Reports on military cantonments and civil stations in the Presidency of Bombay inspected by the Sanitary Commissioner in the years 1875 and 1876
Year: 1875
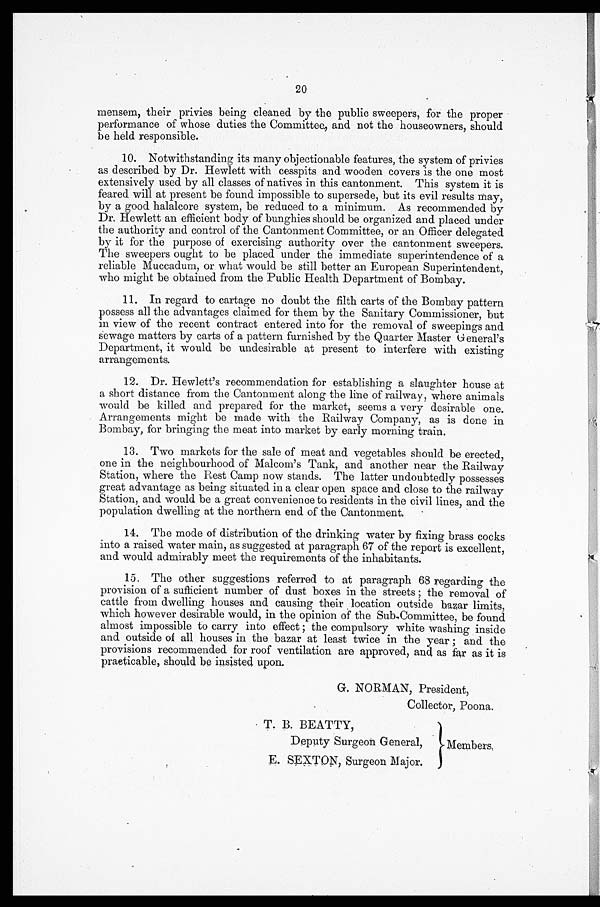
20
mensem, their privies being cleaned by the public sweepers, for the proper
performance of whose duties the Committee, and not the houseowners, should
be held responsible.
10. Notwithstanding its many objectionable features, the system of privies
as described by Dr. Hewlett with cesspits and wooden covers is the one most
extensively used by all classes of natives in this cantonment. This system it is
feared will at present be found impossible to supersede, but its evil results may,
by a good halalcore system, be reduced to a minimum. As recommended by
Dr. Hewlett an efficient body of bunghies should be organized and placed under
the authority and control of the Cantonment Committee, or an Officer delegated
by it for the purpose of exercising authority over the cantonment sweepers.
The sweepers ought to be placed under the immediate superintendence of a
reliable Muccadum, or what would be still better an European Superintendent,
who might be obtained from the Public Health Department of Bombay.
11. In regard to cartage no doubt the filth carts of the Bombay pattern
possess all the advantages claimed for them by the Sanitary Commissioner, but
in view of the recent contract entered into for the removal of sweepings and
sewage matters by carts of a pattern furnished by the Quarter Master General's
Department, it would be undesirable at present to interfere with existing
arrangements.
12. Dr. Hewlett's recommendation for establishing a slaughter house at
a short distance from the Cantonment along the line of railway, where animals
would be killed and prepared for the market, seems a very desirable one.
Arrangements might be made with the Railway Company, as is done in
Bombay, for bringing the meat into market by early morning train.
13. Two markets for the sale of meat and vegetables should be erected,
one in the neighbourhood of Malcom's Tank, and another near the Railway
Station, where the Rest Camp now stands. The latter undoubtedly possesses
great advantage as being situated in a clear open space and close to the railway
Station, and would be a great convenience to residents in the civil lines, and the
population dwelling at the northern end of the Cantonment.
14. The mode of distribution of the drinking water by fixing brass cocks
into a raised water main, as suggested at paragraph 67 of the report is excellent,
and would admirably meet the requirements of the inhabitants.
15. The other suggestions referred to at paragraph 68 regarding the
provision of a sufficient number of dust boxes in the streets; the removal of
cattle from dwelling houses and causing their location outside bazar limits,
which however desirable would, in the opinion of the Sub-Committee, be found
almost impossible to carry into effect; the compulsory white washing inside
and outside of all houses in the bazar at least twice in the year; and the
provisions recommended for roof ventilation are approved, and as far as it is
practicable, should be insisted upon.
G. NORMAN, President,
Collector, Poona.
T. B. BEATTY,
Deputy Surgeon General,
Members,
E. SEXTON Surgeon Major.